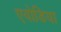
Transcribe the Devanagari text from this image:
एवोडिया